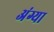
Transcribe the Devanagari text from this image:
अंग्या